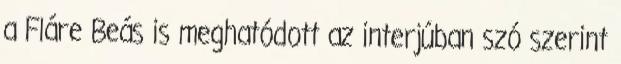
a Fláre Beás is meghatódott az interjúban szó szerint